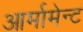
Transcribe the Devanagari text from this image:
आर्मामेन्ट